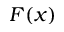
F ( x )